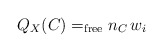
\begin{align*} Q_X(C)=_{\rm free} n_C\, w_i\end{align*}